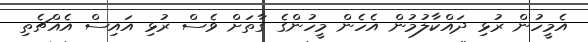
އެމީހުން ރުޅި ދައްކާލުމުން އެހެން މީހުންގެ ގާތަށް ވެސް ރުޅި އައިސް އެއްޗެތި